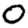
Digit: 0